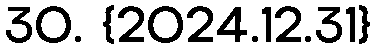
30. {2024.12.31}